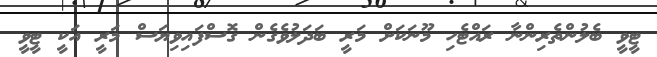
ޓީވީ ބެލުންތެރިންނާ ރައްޓެހި މޫނަކަށް މަރީ ބަދަލުވެގެން ގޮސްފައިވިޔަސް މަރީ އަކީ ޓީވީ